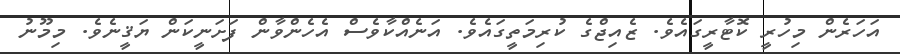
އަހަރެން މިހުރީ ކޮޓާރީގައެވެ. ޒެއިޖްގެ ކުރިމަތީގައެވެ. އަނެއްކާވެސް އެހެންވާން ފަށަނީކަން ޔަޤީނެވެ. މިމޫނު